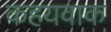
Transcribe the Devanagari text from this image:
कहयवाक